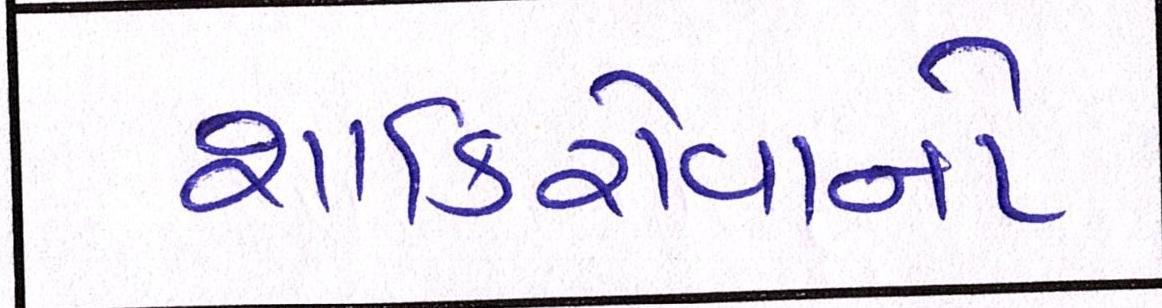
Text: શાકિરોવાનો